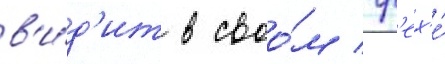
в'и́д'ит в своо́м гр'ех'е́